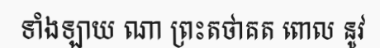
ទាំងឡាយ ណា ព្រះតថាគត ពោល នូវ